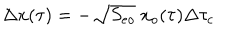
LaTeX: \Delta x ( \tau ) = - \sqrt { S _ { e o } } \ x _ { o } ( \tau ) \Delta \tau _ { c }